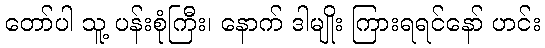
တော်ပါ သူ့ ပန်းစုံကြီး၊ နောက် ဒါမျိုး ကြားရရင်နော် ဟင်း